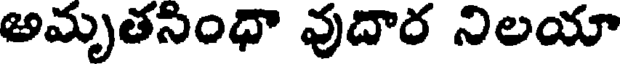
అమృతసింధా వుదార నిలయా